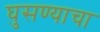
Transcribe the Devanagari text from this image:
घुसण्याचा